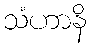
သံဟာနိ